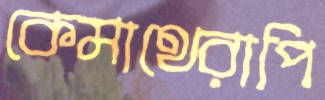
কেমাথেরাপি